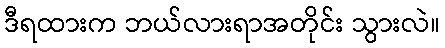
ဒီရထားက ဘယ်လားရာအတိုင်း သွားလဲ။